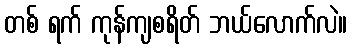
တစ် ရက် ကုန်ကျစရိတ် ဘယ်လောက်လဲ။